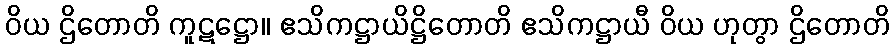
ဝိယ ဌိတောတိ ကူဋဋ္ဌော။ ဧသိကဋ္ဌာယိဋ္ဌိတောတိ ဧသိကဋ္ဌာယီ ဝိယ ဟုတွာ ဌိတောတိ